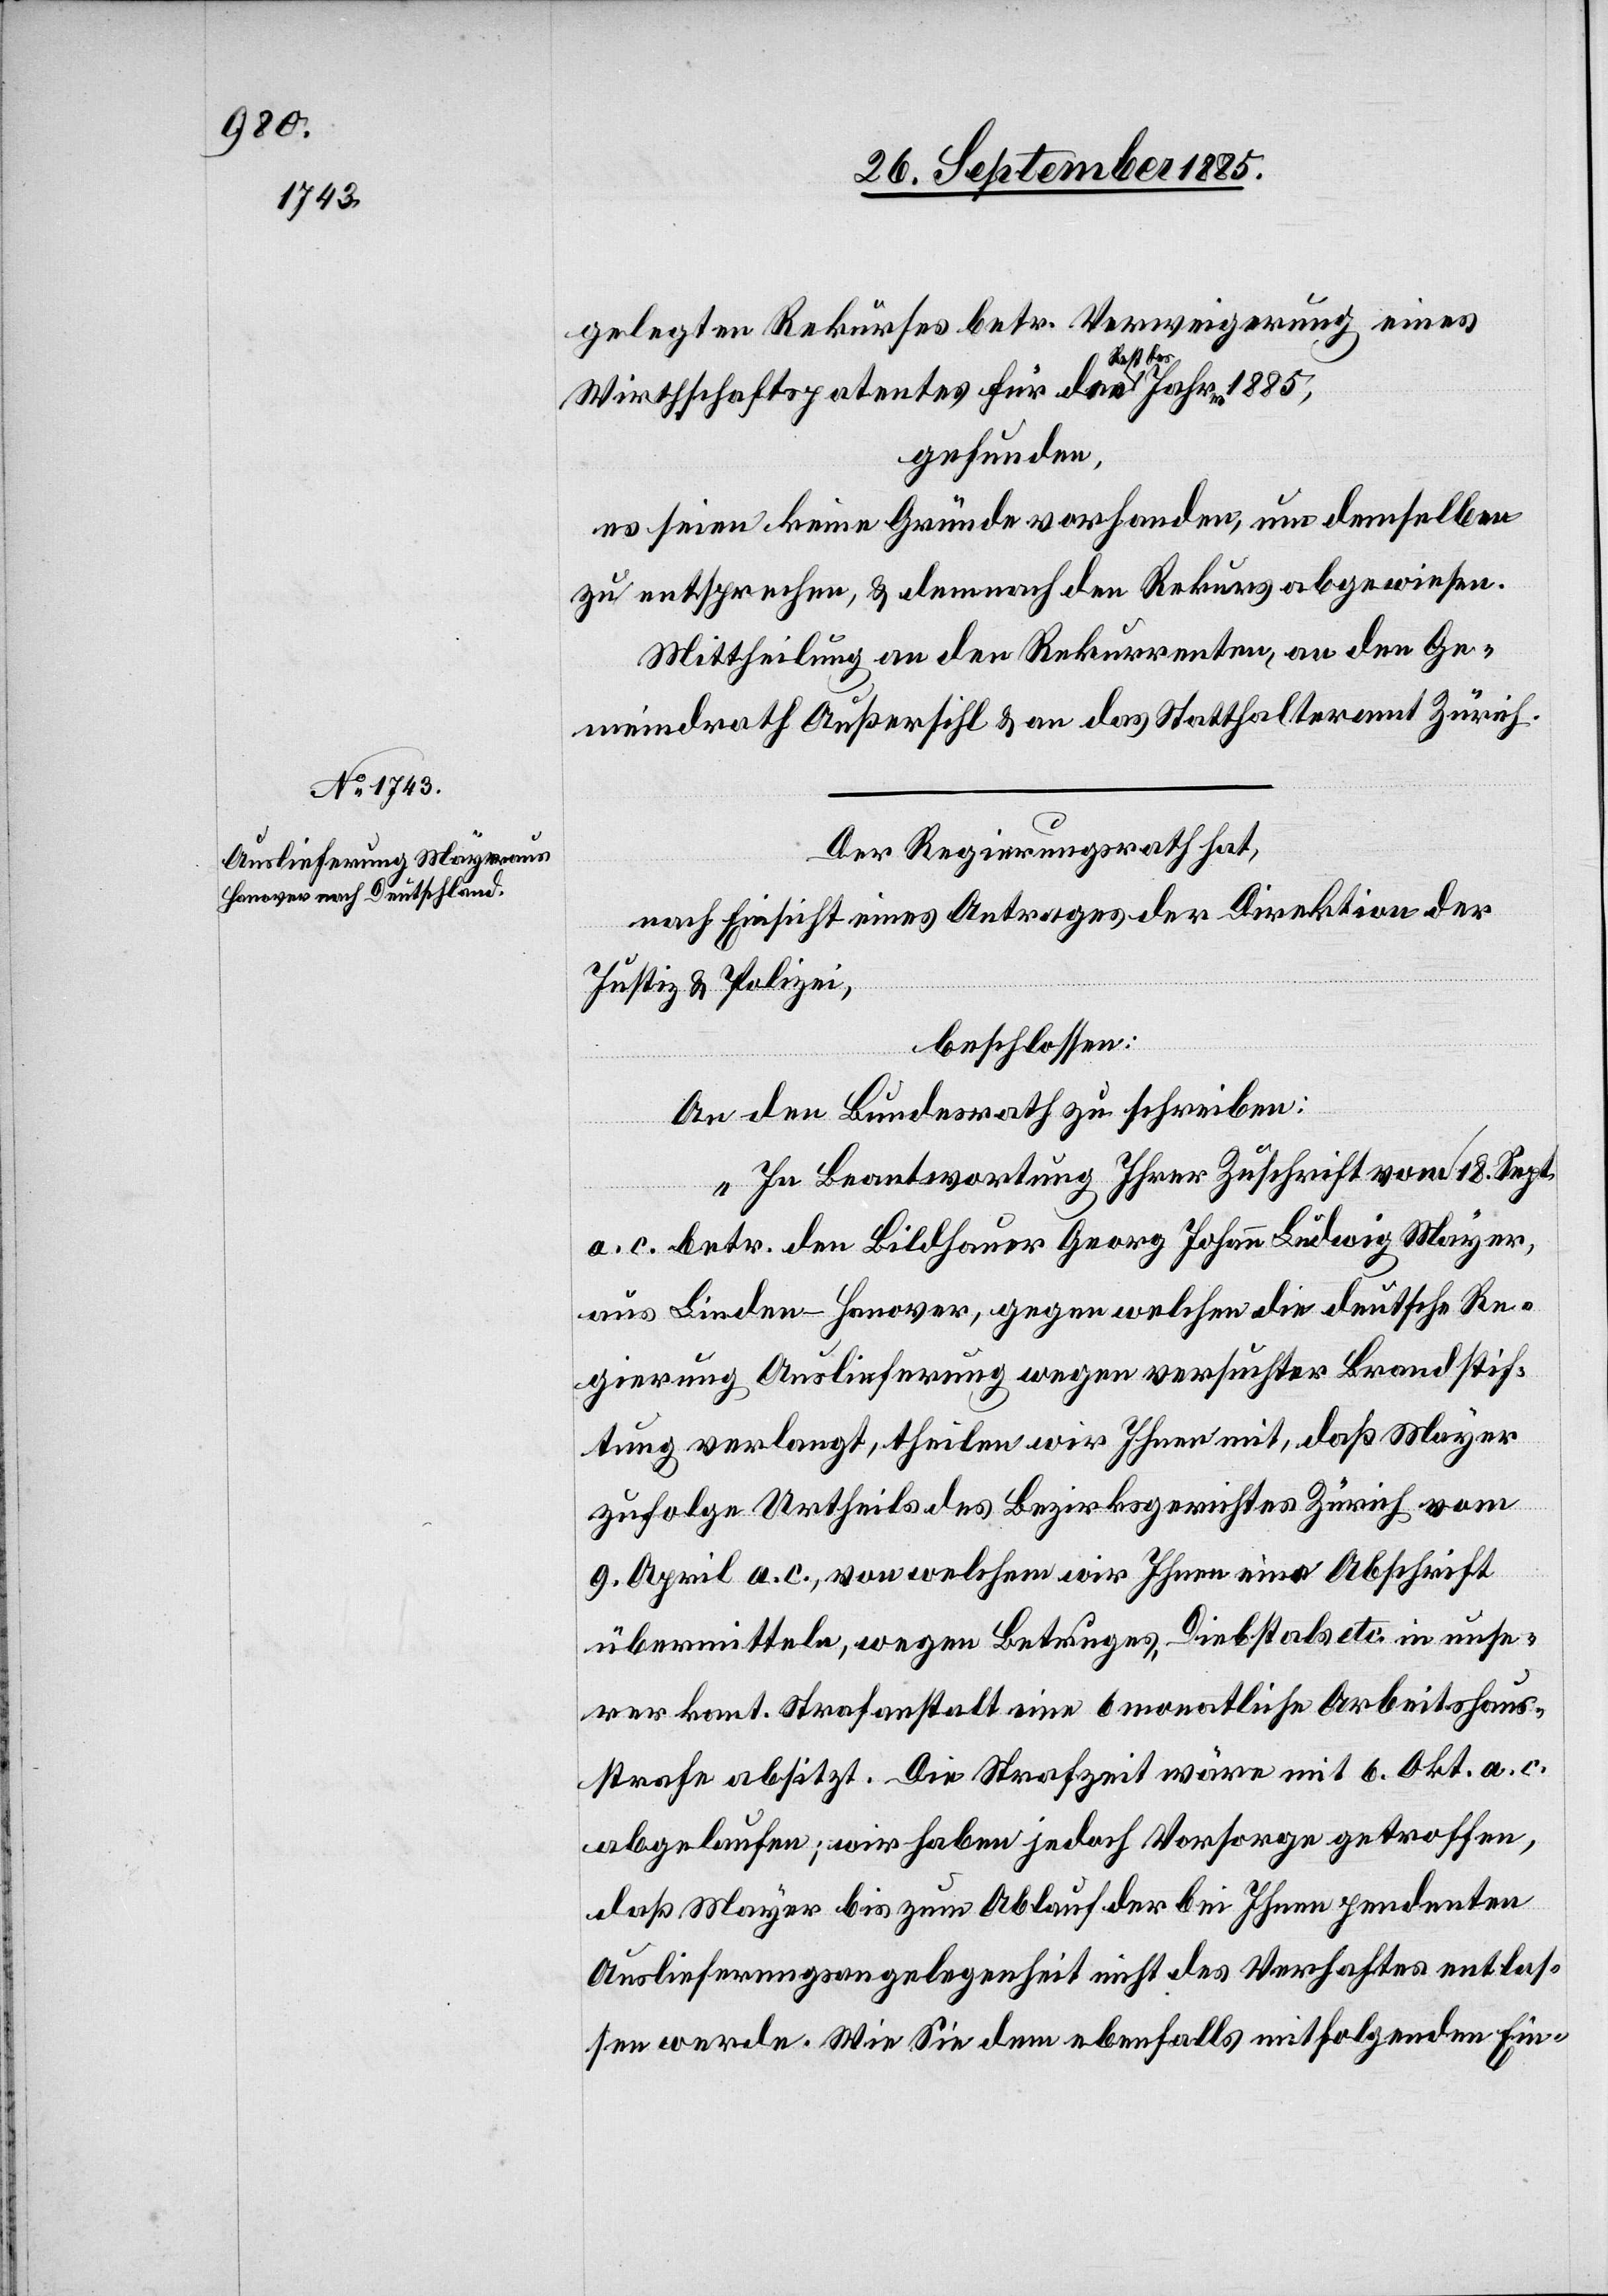
1885,

gelegten Rekurses betr. Verweigerung eines
Jahres
Wirthschaftspatentes für den a-Rest
gefunden,
es seien keine Gründe vorhanden, um demselben
zu entsprechen, & demnach den Rekurs abgewiesen.
Mittheilung an den Rekurrenten, an den Ge¬
meindrath Außersihl & an das Statthalteramt Zürich.
Der Regierungsrath hat,
nach Einsicht eines Antrages der Direktion der
Justiz & Polizei,
beschlossen:
An den Bundesrath zu schreiben:
„In Beantwortung Ihrer Zuschrift vom 18. Sept.
a. c. betr. den Bildhauer Georg Johann Ludwig Mayer,
aus Linden - Hanover, gegen welchen die deutsche Re¬
gierung Auslieferung wegen versuchter Brandstif¬
tung verlangt, theilen wir Ihnen mit, daß Mayer
zufolge Urtheils des Bezirksgerichtes Zürich vom
9. April a. c., von welchem wir Ihnen eine Abschrift
übermitteln, wegen Betruges, Diebstals etc. in unse¬
rer kant. Strafanstalt eine 6 monatliche Arbeitshaus¬
strafe absitzt. Die Strafzeit wäre mit 6. Okt. a. c.
abgelaufen; wir haben jedoch Vorsorge getroffen,
daß Mayer bis zum Ablauf der bei Ihnen pendenten
Auslieferungsangelegenheit nicht des Verhaftes entlas¬
sen werde. Wie Sie dem ebenfalls mitfolgenden Ein-